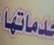
دماتها